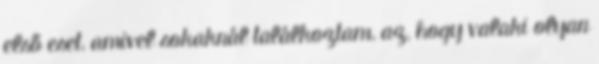
első eset, amivel sokaknál találkoztam, az, hogy valaki olyan